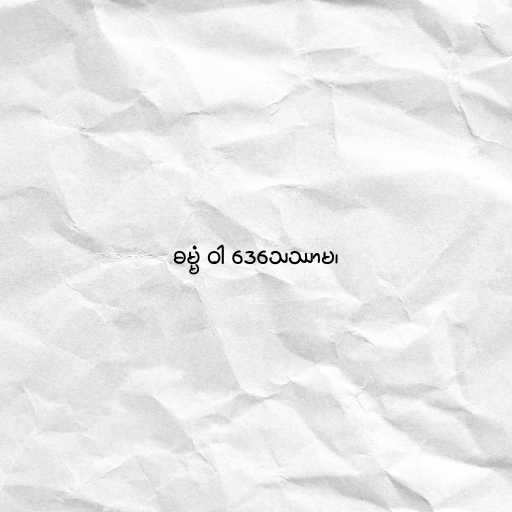
ဓမ္မံ ဝါ ဒေသေဿာမ၊